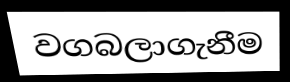
වගබලාගැනීම